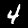
Label: 4